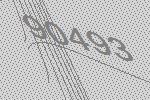
90493